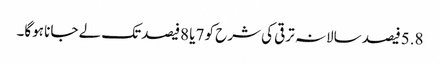
5.8فیصد سالانہ ترقی کی شرح کو 7یا 8فیصدتک لے جانا ہوگا۔